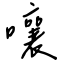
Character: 嚷